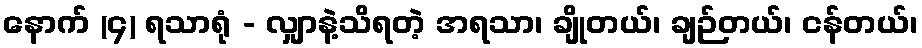
နောက် (၄) ရသာရုံ - လျှာနဲ့သိရတဲ့ အရသာ၊ ချိုတယ်၊ ချဉ်တယ်၊ ငန်တယ်၊